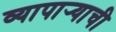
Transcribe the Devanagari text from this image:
व्यापार्‍याची